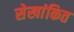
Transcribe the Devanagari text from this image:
सेखांकित